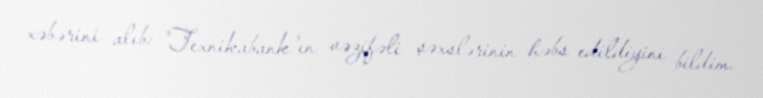
xəbərini alıb: "Texnikabank"ın vəzifəli şəxslərinin həbs edildiyini bildim.